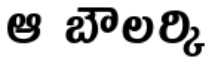
ఆ బౌలర్కి